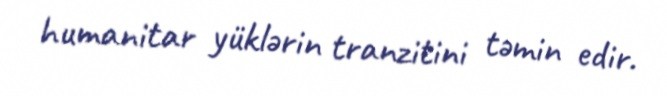
humanitar yüklərin tranzitini təmin edir.